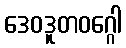
ဒေဝဒူတဝဂ္ဂေါ